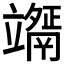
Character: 𥫇